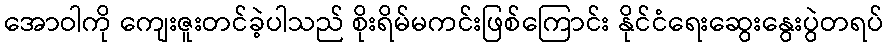
အောဝါကို ကျေးဇူးတင်ခဲ့ပါသည် စိုးရိမ်မကင်းဖြစ်ကြောင်း နိုင်ငံရေးဆွေးနွေးပွဲတရပ်